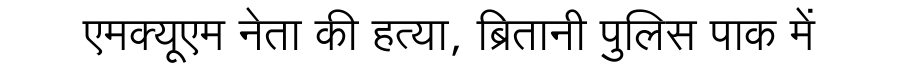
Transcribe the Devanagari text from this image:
एमक्यूएम नेता की हत्या, ब्रितानी पुलिस पाक में